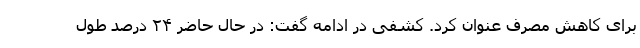
برای کاهش مصرف عنوان کرد. کشفی در ادامه گفت: در حال حاضر ۲۴ درصد طول